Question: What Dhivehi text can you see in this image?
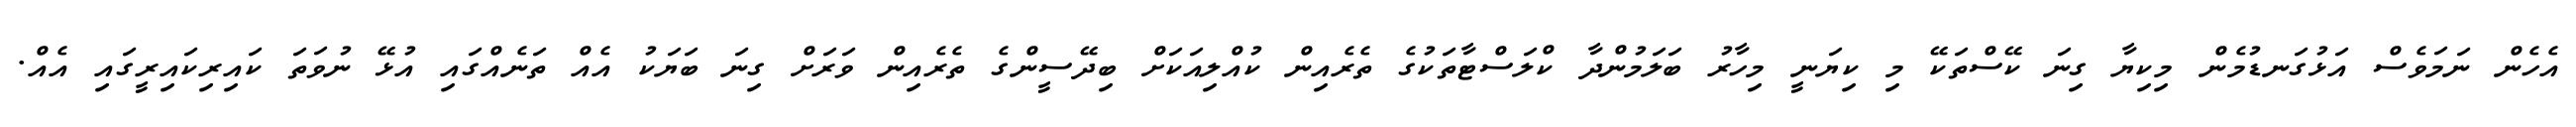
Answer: އެހެން ނަމަވެސް އަޅުގަނޑުމެން މިކިޔާ ގިނަ ކޭސްތަކޭ މި ކިޔަނީ މިހާރު ބަލަމުންދާ ކްލަސްޓާތަކުގެ ތެރެއިން ކުއްލިއަކަށް ބިދޭސީންގެ ތެރެއިން ވަރަށް ގިނަ ބަޔަކު އެއް ތަނެއްގައި އުޅޭ ނުވަތަ ކައިރިކައިރީގައި އެއް.